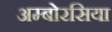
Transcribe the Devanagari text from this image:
अम्बोरसिया